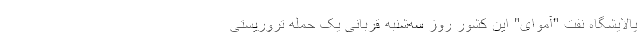
پالایشگاه نفت "آموای" این کشور روز سه‌شنبه قربانی یک حمله تروریستی